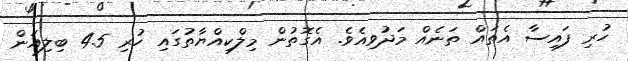
ހުރި ފައިސާ އެތައް ތަނެއް މަދުވިއެވެ. އެގޮތުން މިލްކިއްޔާތުގައި ހުރި 4.5 ބިލިއަން